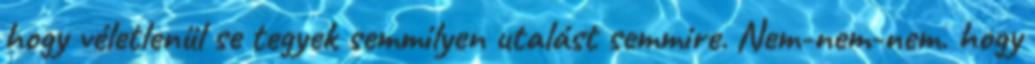
hogy véletlenül se tegyek semmilyen utalást semmire. Nem-nem-nem. hogy